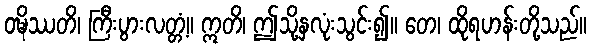
ဝဍ္ဎိဿတိ၊ ကြီးပွားလတ္တံ့။ ဣတိ၊ ဤသို့နှလုံးသွင်း၍။ တေ၊ ထိုရဟန်းတို့သည်။